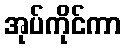
အုပ်ကိုင်ကာ